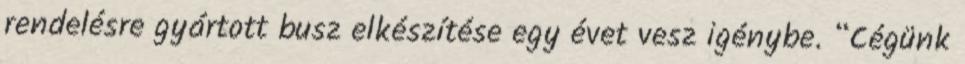
rendelésre gyártott busz elkészítése egy évet vesz igénybe. “Cégünk